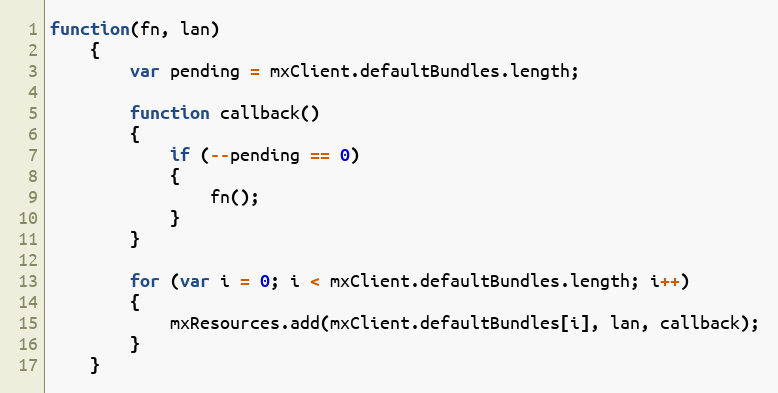
Language: JavaScript
function(fn, lan)
	{
		var pending = mxClient.defaultBundles.length;

		function callback()
		{
			if (--pending == 0)
			{
				fn();
			}
		}

		for (var i = 0; i < mxClient.defaultBundles.length; i++)
		{
			mxResources.add(mxClient.defaultBundles[i], lan, callback);
		}
	}